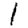
Digit: 1